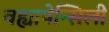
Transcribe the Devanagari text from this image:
वह्यापेन्सिली